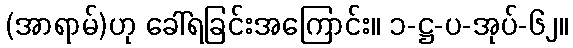
(အာရာမ်)ဟု ခေါ်ရခြင်းအကြောင်း။ ၁-ဋ္ဌ-ပ-အုပ်-၆၂။